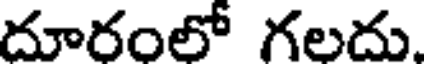
దూరంలో గలదు.